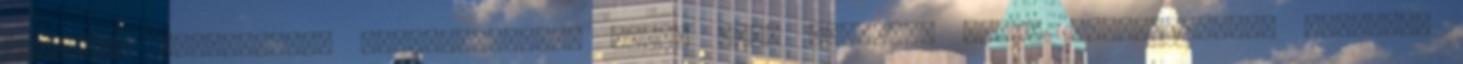
kiadvány tartalmának létrehozásában részt vevő testület neve, egységesített alakban.